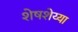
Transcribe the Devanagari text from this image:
शेषशेय्या